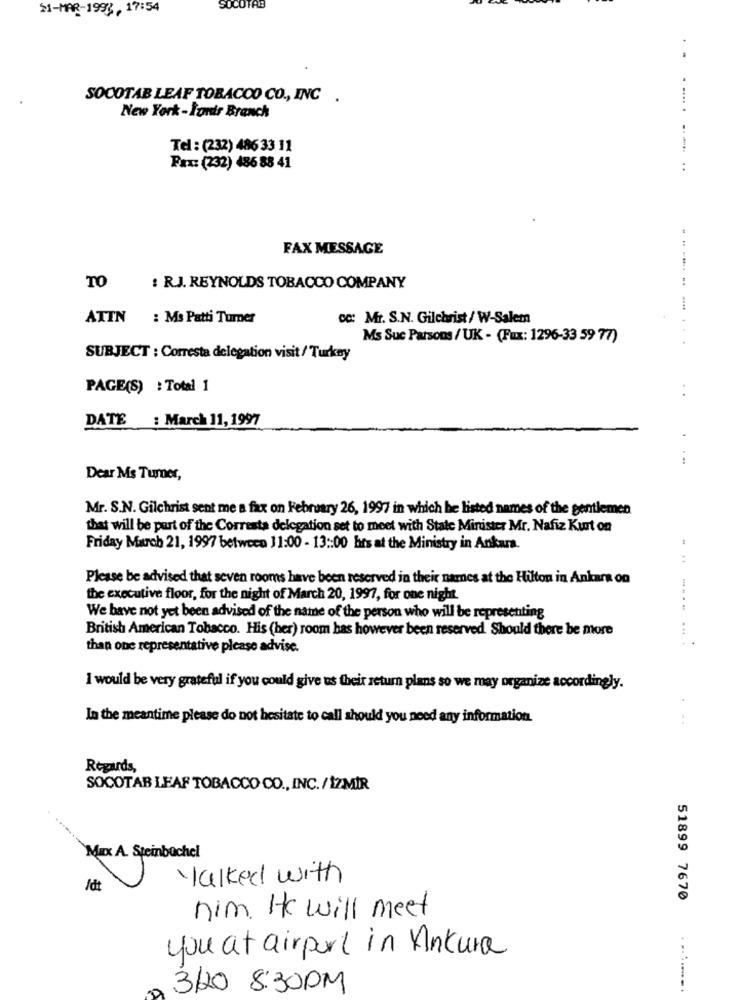
$1-MAR-1993, 17:54
SUCOTAB
..
SOCOTAB LEAF TOBACCO CO ., INC .
.... .
New York -Iundis Branch
Tel : (232) 486 33 11
Fax: (232) 486 88 41
..
FAX MESSAGE
TO
: RJ. REYNOLDS TOBACCO COMPANY
.... ..
ATTN
: Ms Patti Turner
oc: Mr. S.N. Gilchrist / W-Salem
Ms Suc Parsons / UK - (Fux: 1296-33 59 7)
SUBJECT : Corresta delegation visit/ Turkey
PAGE(S) : Total 1
DATE : March 11, 1997
...
Dear Ms Turner,
Mr. S.N. Gilchrist sent me a fax on February 26, 1997 in which he listed names of the gentlemen
that will be part of the Corresta delegation set to meet with State Minister Mr. Nafiz Kurt on
Friday March 21, 1997 between 11:00 - 13 :: 00 hrs at the Ministry in Ankara.
Please be advised that seven rooms have been reserved in their names at the Hilton in Ankara on
the executive floor, for the night of March 20, 1997, for one night.
We have not yet been advised of the name of the person who will be representing
British American Tobacco. His (her) room has however been reserved. Should there be more
... .
than one representative please advise.
I would be very grateful if you could give us their return plans so we may organize accordingly.
In the meantime please do not hesitate to call should you need any information.
Regards,
SOCOTAB LEAF TOBACCO CO ., INC./ İZMİR
MIX A. Steinbüchel
walked with
Idt
51899 7670
him. He will meet
you at airport in Vinkura
..
3/20 8:30PM